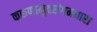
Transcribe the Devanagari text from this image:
करुणामृतसंगमधारा